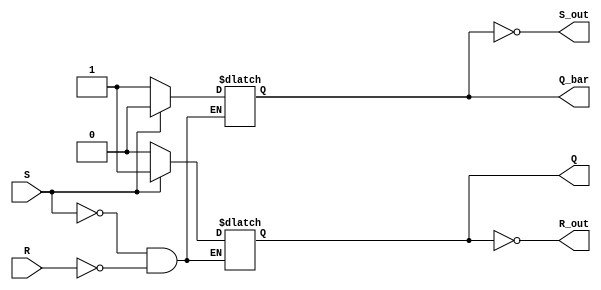
module SR_Latch (
    input S, // set
    input R, // reset
    output reg Q,
    output reg Q_bar,
    output reg S_out,
    output reg R_out
);

    // NOR latch
    always @ (S, R)
    begin
        if (S)
        begin
            Q <= 1;
            Q_bar <= 0;
        end
        else if (R)
        begin
            Q <= 0;
            Q_bar <= 1;
        end
    end
    
    // NAND latch
    always @ (Q_bar, Q)
    begin
        S_out <= ~Q_bar;
        R_out <= ~Q;
    end

endmodule